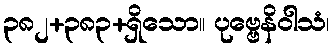
၃၈၂+၃၈၃+ရှိသော။ ပုဗ္ဗေနိဝါသံ၊